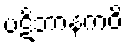
ပဋိဘာနကဝိ